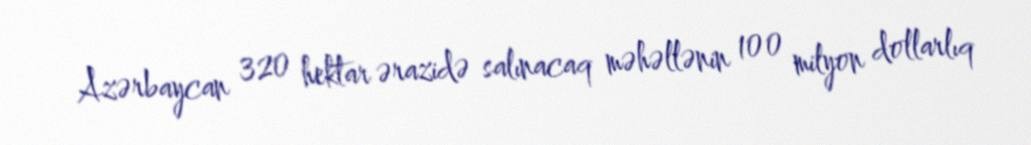
Azərbaycan 320 hektar ərazidə salınacaq məhəllənin 100 milyon dollarlıq